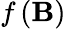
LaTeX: f\left(\mathbf{B}\right)